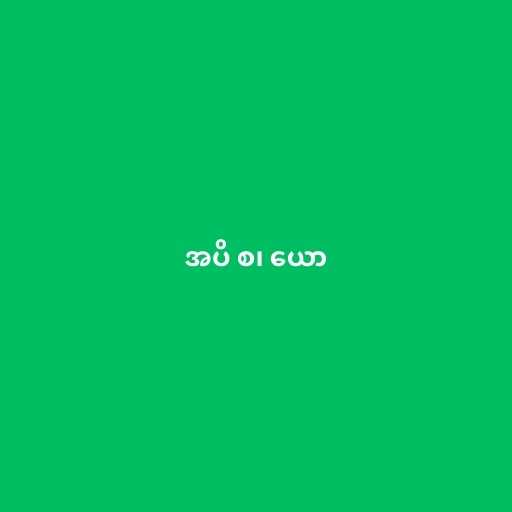
အပိ စ၊ ယော